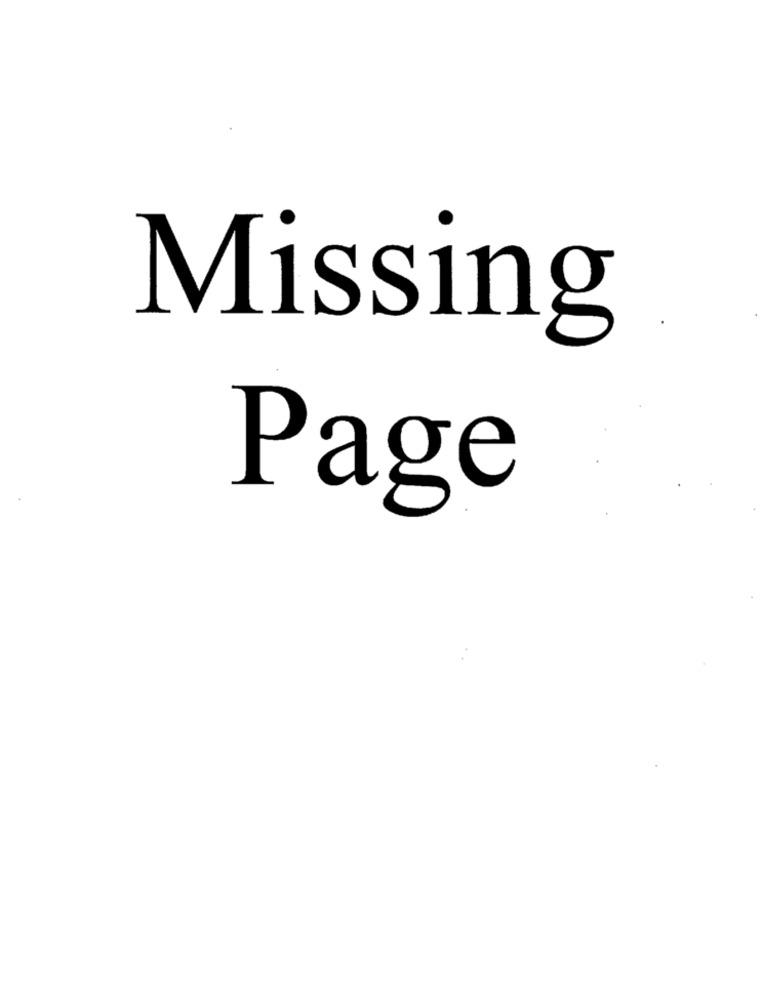
Missing
Page